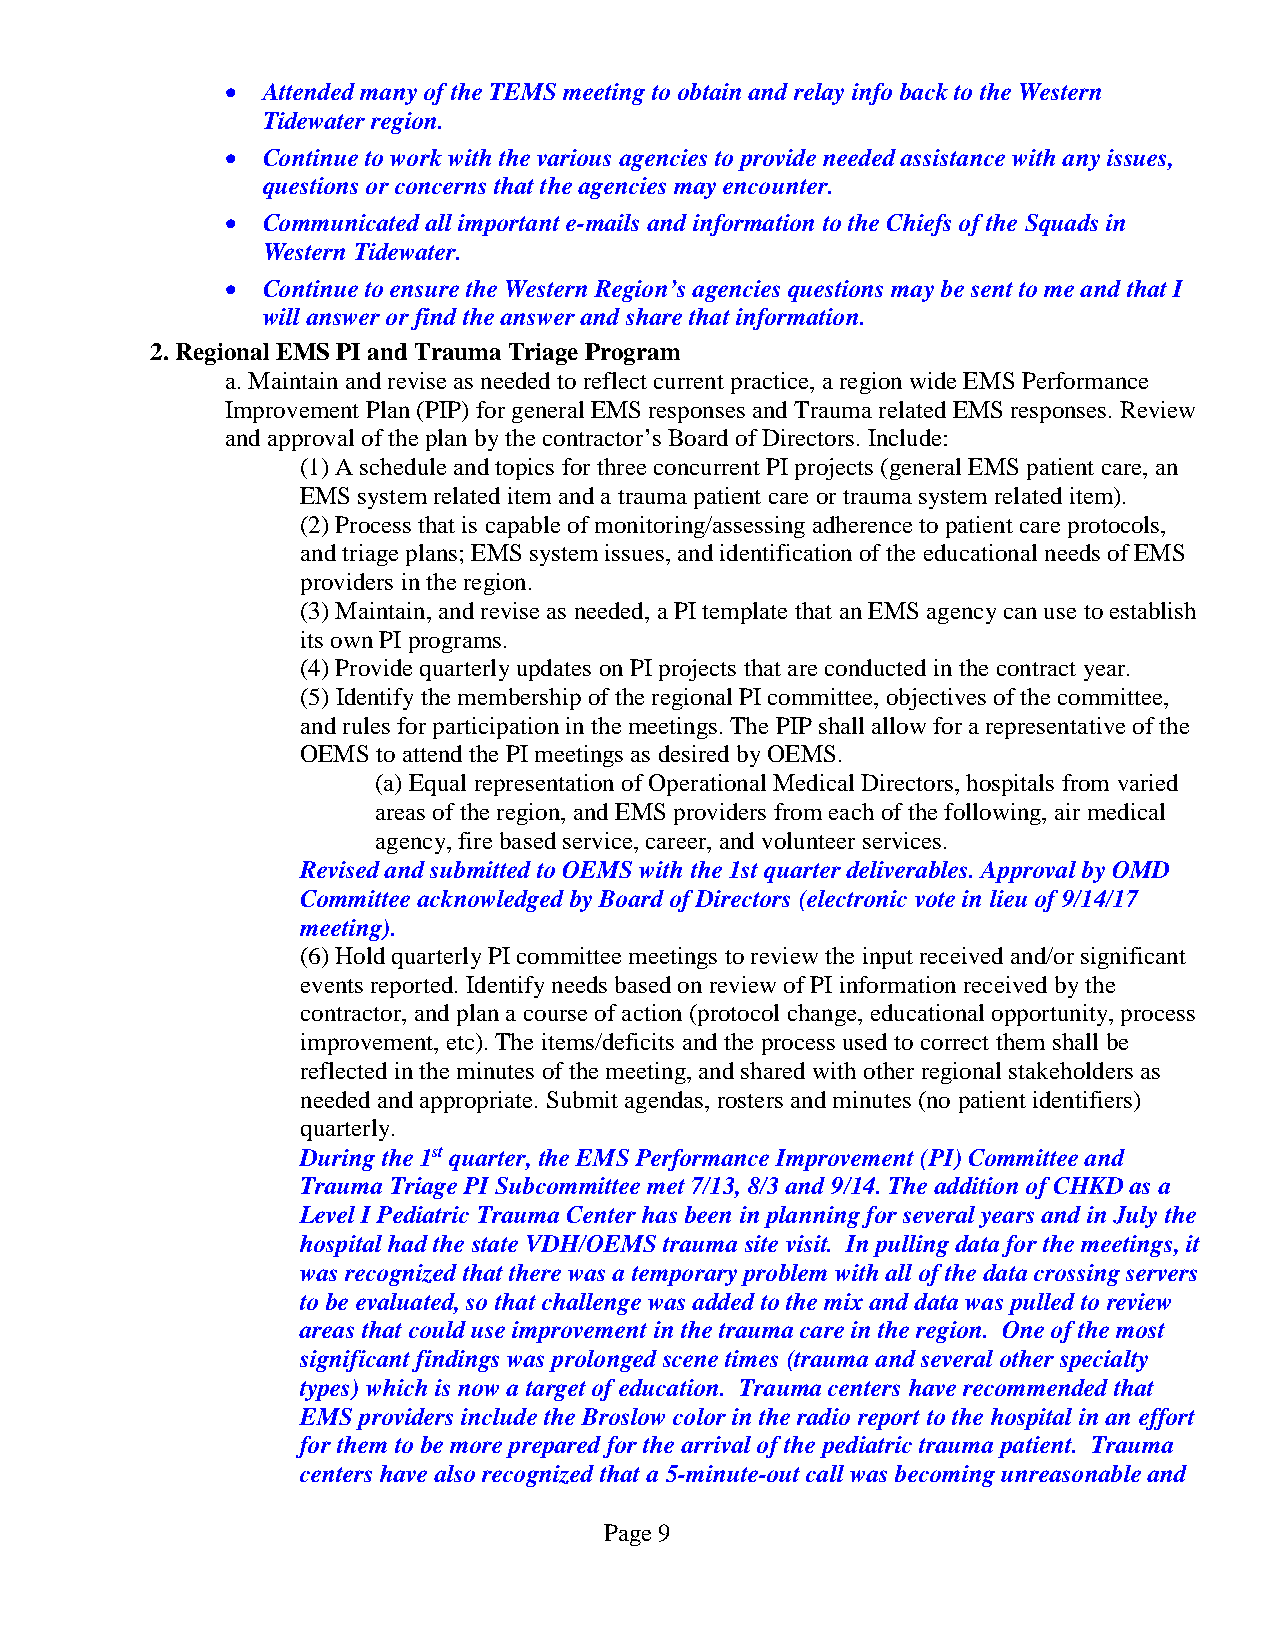
• Attended many of the TEMS meeting to obtain and relay info back to the Western
 Tidewater region.
 • Continue to work with the various agencies to provide needed assistance with any issues,
 questions or concerns that the agencies may encounter.
 • Communicated all important e-mails and information to the Chiefs of the Squads in
 Western Tidewater.
 • Continue to ensure the Western Region’s agencies questions may be sent to me and that I
 will answer or find the answer and share that information.
 2. Regional EMS PI and Trauma Triage Program
 a. Maintain and revise as needed to reflect current practice, a region wide EMS Performance
 Improvement Plan (PIP) for general EMS responses and Trauma related EMS responses. Review
 and approval of the plan by the contractor’s Board of Directors. Include:
 (1) A schedule and topics for three concurrent PI projects (general EMS patient care, an
 EMS system related item and a trauma patient care or trauma system related item).
 (2) Process that is capable of monitoring/assessing adherence to patient care protocols,
 and triage plans; EMS system issues, and identification of the educational needs of EMS
 providers in the region.
 (3) Maintain, and revise as needed, a PI template that an EMS agency can use to establish
 its own PI programs.
 (4) Provide quarterly updates on PI projects that are conducted in the contract year.
 (5) Identify the membership of the regional PI committee, objectives of the committee,
 and rules for participation in the meetings. The PIP shall allow for a representative of the
 OEMS to attend the PI meetings as desired by OEMS.
 (a) Equal representation of Operational Medical Directors, hospitals from varied
 areas of the region, and EMS providers from each of the following, air medical
 agency, fire based service, career, and volunteer services.
 Revised and submitted to OEMS with the 1st quarter deliverables. Approval by OMD
 Committee acknowledged by Board of Directors (electronic vote in lieu of 9/14/17
 meeting).
 (6) Hold quarterly PI committee meetings to review the input received and/or significant
 events reported. Identify needs based on review of PI information received by the
 contractor, and plan a course of action (protocol change, educational opportunity, process
 improvement, etc). The items/deficits and the process used to correct them shall be
 reflected in the minutes of the meeting, and shared with other regional stakeholders as
 needed and appropriate. Submit agendas, rosters and minutes (no patient identifiers)
 quarterly.
 During the 1st quarter, the EMS Performance Improvement (PI) Committee and
 Trauma Triage PI Subcommittee met 7/13, 8/3 and 9/14. The addition of CHKD as a
 Level I Pediatric Trauma Center has been in planning for several years and in July the
 hospital had the state VDH/OEMS trauma site visit. In pulling data for the meetings, it
 was recognized that there was a temporary problem with all of the data crossing servers
 to be evaluated, so that challenge was added to the mix and data was pulled to review
 areas that could use improvement in the trauma care in the region. One of the most
 significant findings was prolonged scene times (trauma and several other specialty
 types) which is now a target of education. Trauma centers have recommended that
 EMS providers include the Broslow color in the radio report to the hospital in an effort
 for them to be more prepared for the arrival of the pediatric trauma patient. Trauma
 centers have also recognized that a 5-minute-out call was becoming unreasonable and
 Page 9